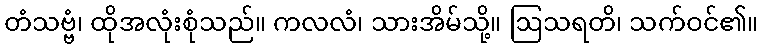
တံသဗ္ဗံ၊ ထိုအလုံးစုံသည်။ ကလလံ၊ သားအိမ်သို့။ ဩသရတိ၊ သက်ဝင်၏။